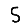
Digit: 5